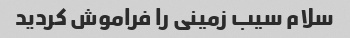
سلام سیب زمینی را فراموش کردید